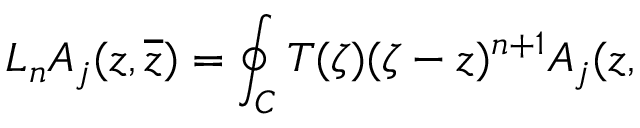
L _ { n } A _ { j } ( z , \overline { { { z } } } ) = \oint _ { C } T ( \zeta ) ( \zeta - z ) ^ { n + 1 } A _ { j } ( z ,